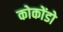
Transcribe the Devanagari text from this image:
कोकोंडो